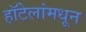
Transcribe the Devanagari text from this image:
हॉटेलांमधून